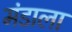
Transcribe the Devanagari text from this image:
मंडाला